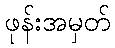
ဖုန်းအမှတ်